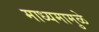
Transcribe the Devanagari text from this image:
माध्यमामुळे